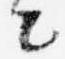
々